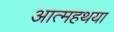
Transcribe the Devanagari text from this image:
आत्महथया